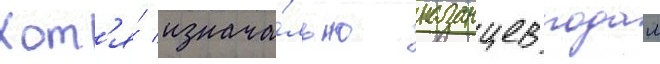
Хот'я́ изнача́льно казанцев подал